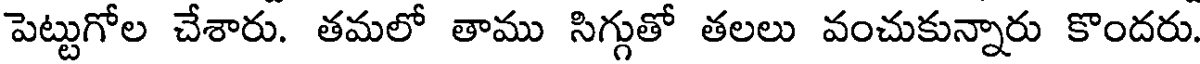
పెట్టుగోల చేశారు. తమలో తాము సిగ్గుతో తలలు వంచుకున్నారు కొందరు